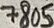
Text: 7805